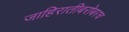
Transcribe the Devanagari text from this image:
जाहिरातीबरोबरच